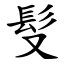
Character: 䯭